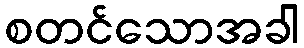
စတင်သောအခါ